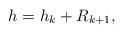
LaTeX: \begin{align*} h = h_k + R_{k+1},\end{align*}